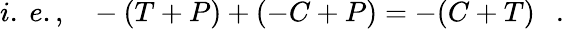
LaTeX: i.~e.,~~~-(T+P)+(-C+P)=-(C+T)~~~.